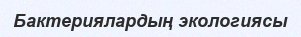
Бактериялардың экологиясы